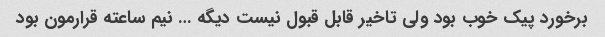
برخورد پیک خوب بود ولی تاخیر قابل قبول نیست دیگه … نیم ساعته قرارمون بود